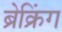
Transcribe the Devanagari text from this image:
ब्रेक्रिंग